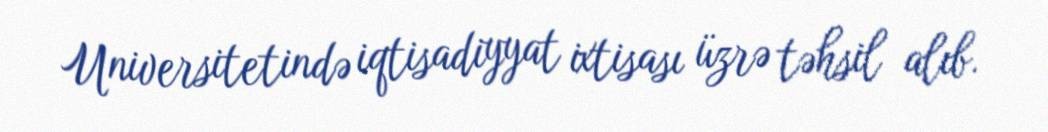
Universitetində iqtisadiyyat ixtisası üzrə təhsil alıb.